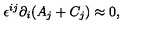
\epsilon ^ { i j } \partial _ { i } ( A _ { j } + C _ { j } ) \approx 0 ,